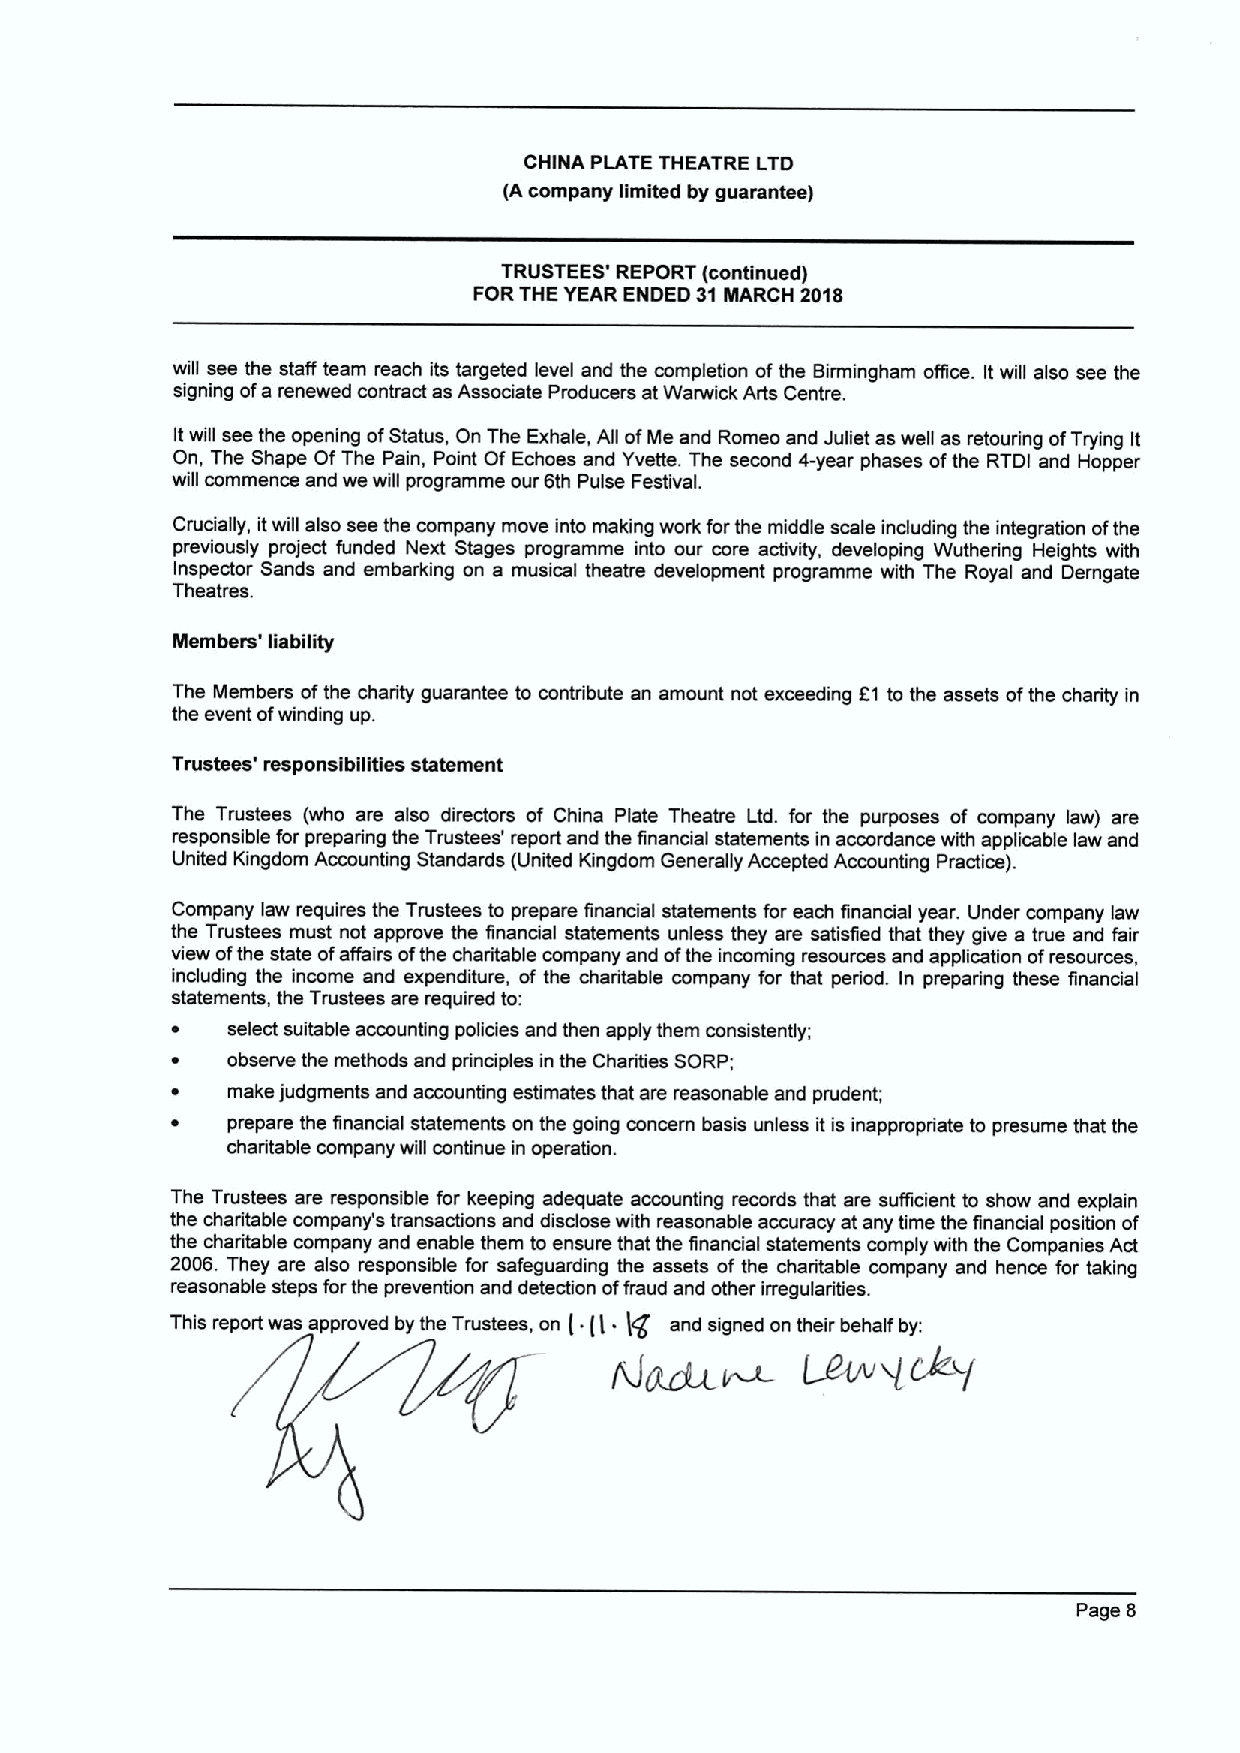
CHINA PLATE THEATRE LTD
 (Acompany limited by guarantee)
 TRUSTEES' REPORT (continued)
 FORTHE YEAR ENDED 31MARCH 2018
 will see the staff team reach its targeted level and the completion ofthe Birmingham office. It will also see the
 signing ofa renewed contract as Associate Producers at Warwick Arts Centre.
 Itwill see the opening ofStatus, On The Exhale, Afi ofMe and Romeo and Juliet as well as retouring ofTrying It
 On, The Shape Of The Pain, Point Of Echoes and Yvette. The second 4-year phases ofthe RTDI and Hopper
 will commence and we will programme our 6th Pulse Festival.
 Crucially, itwill also see the company move into making work forthe middle scale indudlng the integration ofthe
 previously project funded Next Stages programme into our core activity, developing Wuthering Heights with
 Inspector Sands and embarking on a musical theatre development programme with The Royal and Demgate
 Theatres.
 Members' liability
 The Members ofthe charity guarantee to contribute an amount not exceeding 81 to the assets ofthe charity in
 the event ofwinding up.
 Trustees' responsibilities statement
 The Trustees (who are also directors of China Plate Theatre Ltd. for the purposes of company law) are
 responsible for preparing the Trustees' report and the financial statements in accordance with applicable law and
 United Kingdom Accounting Standards (United Kingdom Generally Accepted Accounting Practice).
 Company law requires the Trustees to prepare financial statements for each financial year. Under company law
 the Trustees must not approve the financial statements unless they are satisfied that they give a true and fair
 view ofthe state ofaffairs ofthe charitable company and ofthe incoming resources and application ofresources,
 including the income and expenditure, of the charitable company for that period. In preparing these financial
 statements, the Trustees are required to:
 ~   select suitable accounting policies and then apply them consistently;
 ~   observe the methods and principles in the Charities SORP;
 ~   make judgments and accounting estimates that are reasonable and prudent;
 ~   prepare the financial statements on the going concern basis unless it is inappropriate to presume that the
 charitable company will continue in operation.
 The Trustees are responsible for keeping adequate accounting records that are sufficient to show and explain
 the charitable company's transactions and disdose with reasonable accuracy at any time the financial position of
 the charitable company and enable them to ensure that the financial statements comply with the Companies Act
 2006. They are also responsible for safeguarding the assets of the charitable company and hence for taking
 reasonable steps forthe prevention and detection offraud and other irregularities.
 g
 This report was approved by the Trustees, on ( (( ~ and signed on their behalf by:
 Page 8